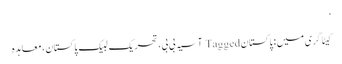
’
کیٹاگری میں : پاکستان Tagged آسیہ بی بی، تحریک لبیک پاکستان، معاہدہ